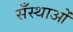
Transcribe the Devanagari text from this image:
सँस्थाओं